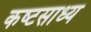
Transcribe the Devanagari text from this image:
कष्‍टसाध्‍य